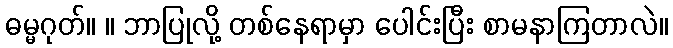
ဓမ္မဂုတ်။ ။ ဘာပြုလို့ တစ်နေရာမှာ ပေါင်းပြီး စာမနာကြတာလဲ။